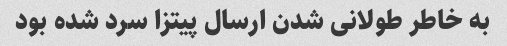
به خاطر طولانی شدن ارسال پیتزا سرد شده بود